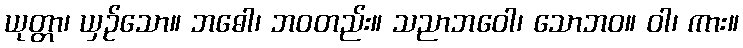
ယုတ္တာ၊ ယှဉ်သော။ ဘဓေါ၊ ဘဝတည်း။ သညာဘဝေါ၊ သောဘဝ။ ဝါ၊ ကား။